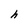
Character: h